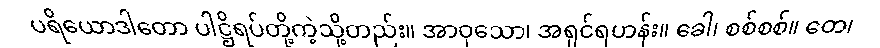
ပရိယောဒါတော ပါဋ္ဌိရပ်တို့ကဲ့သို့တည်း။ အာဝုသော၊ အရှင်ရဟန်း။ ခေါ၊ စစ်စစ်။ တေ၊